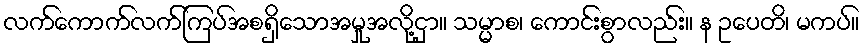
လက်ကောက်လက်ကြပ်အစရှိသောအမှုအလို့ငှာ။ သမ္မာစ၊ ကောင်းစွာလည်း။ န ဥပေတိ၊ မကပ်။